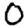
Digit: 0